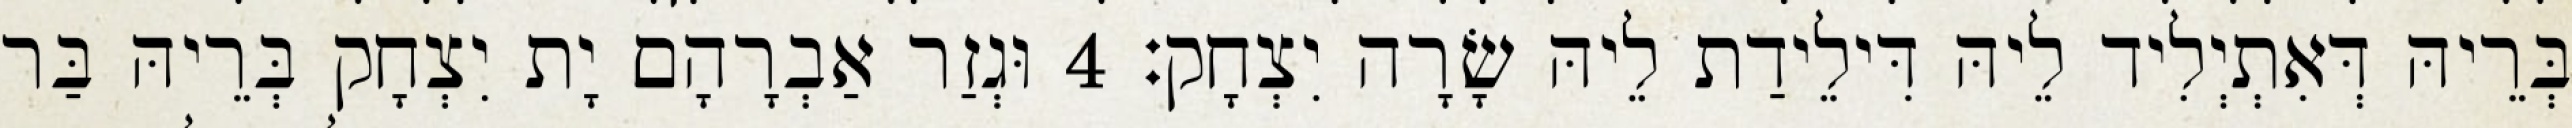
בְּרֵיהּ דְּאִתְיְלִיד לֵיהּ דִּילֵידַת לֵיהּ שָׂרָה יִצְחָק׃ 4 וּגְזַר אַבְרָהָם יָת יִצְחָק בְּרֵיהּ בַּר